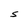
Character: S